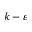
k - \varepsilon